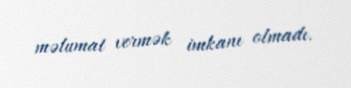
məlumat vermək imkanı olmadı.